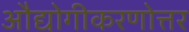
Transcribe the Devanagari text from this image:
औद्योगीकरणोत्तर